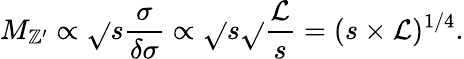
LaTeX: M_{\mathbb{Z}^{\prime}}\propto\sqrt{}{{s\frac{{{\sigma}}}{{\delta{\sigma}}}}}\propto\sqrt{}{{s\sqrt{}{{\frac{{{\cal{L}}}}{{s}}}}}}=(s\times{\cal{L}})^{1/4}.